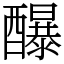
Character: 䤖